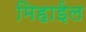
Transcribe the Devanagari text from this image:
मिहाईल